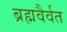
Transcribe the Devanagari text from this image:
ब्रह्मवैर्वत